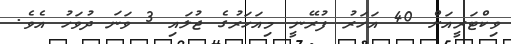
ވިކްޓަރީއަށް 40 އަހަރު ފުރޭނީ މިއަހަރުގެ ޖުލައި 3 ވަނަ ދުވަހު އެވެ.